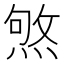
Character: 𤋥